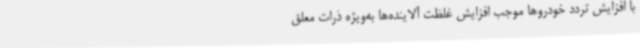
با افزایش تردد خودروها موجب افزایش غلظت آلاینده‌ها به‌ویژه ذرات معلق